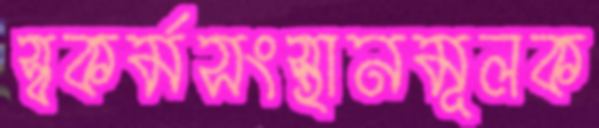
স্বকর্মসংস্থানমূলক